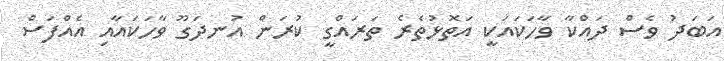
އަބަދު ވެސް ދައްކާ ވާހަކައަކީ އަތޮޅުތެރެ ތަރައްގީ ކުރަން އުނދަގޫ ވާހަކައާއި އެއްފަސް